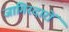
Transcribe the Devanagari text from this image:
जागिरदारों